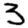
Digit: 3